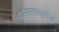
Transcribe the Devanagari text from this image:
वर्तमानपत्रानेच